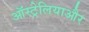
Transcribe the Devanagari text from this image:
ऑस्ट्रेलियाऔर